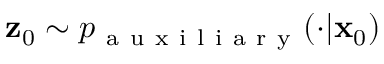
\mathbf { z } _ { 0 } \sim p _ { \mathrm { ~ a ~ u ~ x ~ i ~ l ~ i ~ a ~ r ~ y ~ } } ( \cdot | \mathbf { x } _ { 0 } )